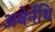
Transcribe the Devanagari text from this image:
अबेर्नेथि